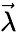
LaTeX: \vec{\lambda}